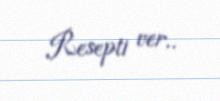
Resepti ver..